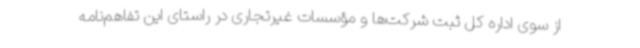
از سوی اداره کل ثبت شرکت‌ها و مؤسسات غیرتجاری در راستای این تفاهم‌نامه